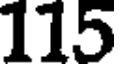
115